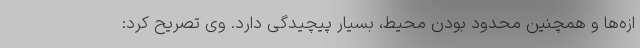
ازه‌ها و همچنین محدود بودن محیط، بسیار پیچیدگی دارد. وی تصریح کرد: